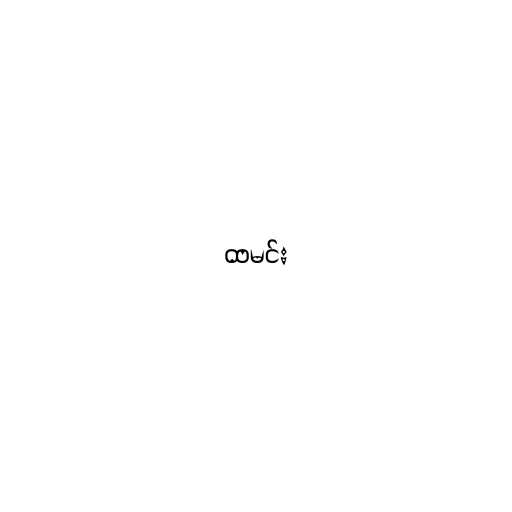
ထမင်း